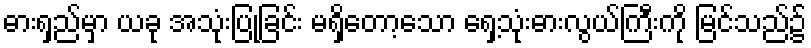
ဓားရှည်မှာ ယခု အသုံးပြုခြင်း မရှိတော့သော ရှေ့သုံးဓားလွယ်ကြီးကို မြင်သည်၌